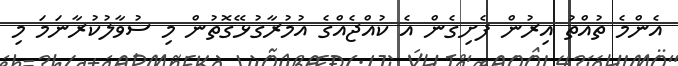
އެންމެ ތުއްތު އިރުން ފެށިގެން އެ ކުއްޖެއްގެ އުމުރާގުޅޭގޮތުން މި ސުވާލުކުރާނަމަ މި